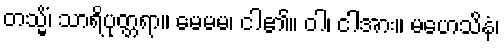
တသ္မိံ၊ သာရိပုတ္တရာ။ မေမမ၊ ငါ၏။ ဝါ၊ ငါအား။ မဟေသိနံ၊